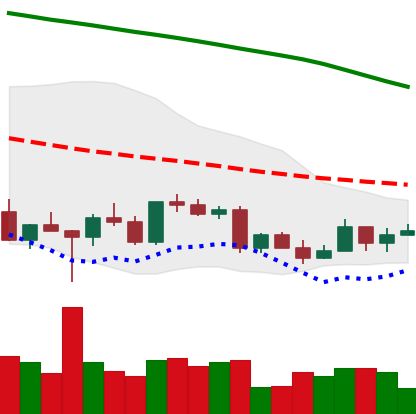
Ticker: LTC-USD
Chart end date: 2022-03-12
Forward return: 4.231%
Label: up_3_5